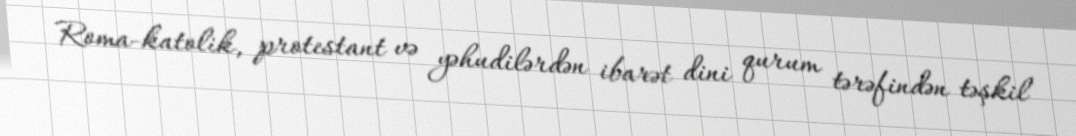
Roma-katolik, protestant və yəhudilərdən ibarət dini qurum tərəfindən təşkil